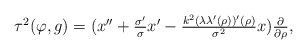
\begin{align*}\begin{array}{lll}\tau^2(\varphi,g)=(x''+\frac{\sigma'}{\sigma}x'-\frac{k^2(\lambda\lambda'(\rho))'(\rho)}{\sigma^2}x)\frac{\partial}{\partial\rho},\\\end{array}\end{align*}